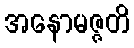
အနောမဇ္ဇတိ